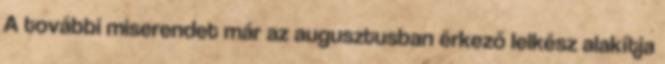
A további miserendet már az augusztusban érkező lelkész alakítja